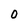
Character: 0